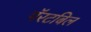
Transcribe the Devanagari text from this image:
पॅरटबिल